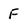
Character: F